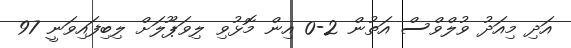
އަދި މިއަދު ވުލްވްސް އަތުން 2-0 އިން މޮޅުވި ލިވަޕޫލަށް ލިބިފައިވަނީ 97